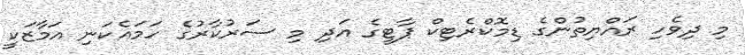
މި ދިވެހި ރައްޔިތުންގެ ޑިމޮކްރެޓިކް ޕާޓީގެ އަދި މި ސަރުކާރުގެ ހަމައެކަނި އަމާޒަކީ